Report on vaccination in Madras 1877-1894 - 1877-1894
Year: 1877
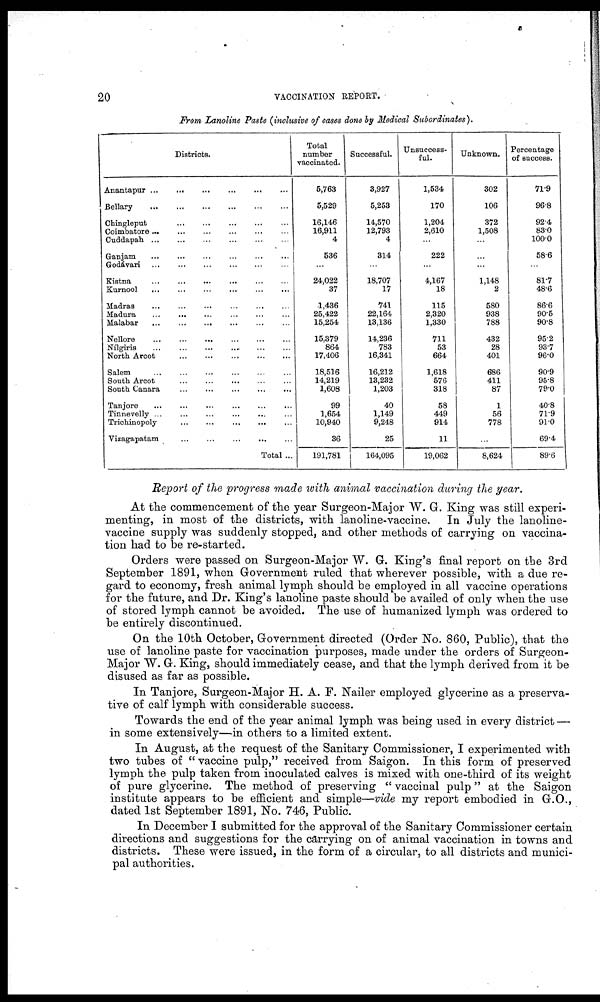
20
VACCINATION REPORT.
From Lanoline Paste (inclusive of cases done by Medical Subordinates).
Districts.
Anantapur
... ... ...
...
...
...
Bellary
... ... ... ... ... ...
Chingleput
... ... ... ... ...
Coimbatore ... ... ... ... ... ...
Cuddapah ...
... ... ... ... ...
Ganjam
... ... ... ... ... ...
Godávari
...
...
...
...
...
...
Kistna
... ... ... ... ... ...
Kurnool
... ... ... ... ... ...
Madras
... ... ... ... ...
...
Madura
... ... ... ... ... ...
Malabar
... ... ... ... ... ...
Nellore
...
... ... ... ... ...
Nílgiris ... ... ... ... ... ...
North Arcot
... ... ...
...
...
Salem
... ... ... ... ... ...
South Arcot
... ... ... ... ...
South Canara
... ... ... ... ...
Tanjore
... ... ... ... ... ... ...
Tinnevelly ... ... ...
...
... ...
Trichinopoly
...
...
...
... ...
Vizagapatam
... ... ...
...
...
Total ...
Total
number
vaccinated.
5,763
5,529
16,146
16,911
4
536
...
24,022
37
1,436
25,422
15,254
15,379
864
17,406
18,516
14,219
1,608
99
1,654
10,940
36
191,781
Successful.
3,927
5,253
14,570
12,793
4
314
...
18,707
17
741
22,164
13,136
14,236
783
16,341
16,212
13,232
1,203
40
1,149
9,248
25
164,095
Unsuccess-
ful.
1,534
170
1,204
2,610
...
222
...
4,167
18
115
2,320
1,330
711
53
664
1,618
576
318
58
449
914
11
19,062
Unknown.
302
106
372
1,508
...
...
...
1,148
2
580
938
788
432
28
401
686
411
87
1
56
778
...
8,624
Percentage
of success.
71.9
96.8
92.4
83.0
100.0
58.6
...
81.7
48.6
86.6
90.5
90.8
95.2
93.7
96.0
90.9
95.8
79.0
40.8
71.9
91.0
69.4
89.6
Report of the progress made with animal vaccination during the year.
At the commencement of the year Surgeon-Major W. G. King was still experi-
menting, in most of the districts, with lanoline-vaccine. In July the lanoline-
vaccine supply was suddenly stopped, and other methods of carrying on vaccina-
tion had to be re-started.
Orders were passed on Surgeon-Major W. G. King's final report on the 3rd
September 1891, when Government ruled that wherever possible, with a due re-
gard to economy, fresh animal lymph should be employed in all vaccine operations
for the future, and Dr. King's lanoline paste should be availed of only when the use
of stored lymph cannot be avoided. The use of humanized lymph was ordered to
be entirely discontinued.
On the 10th October, Government directed (Order No. 860, Public), that the
use of lanoline paste for vaccination purposes, made under the orders of Surgeon-
Major W. G. King, should immediately cease, and that the lymph derived from it be
disused as far as possible.
In Tanjore, Surgeon-Major H. A. F. Nailer employed glycerine as a preserva-
tive of calf lymph with considerable success.
Towards the end of the year animal lymph was being used in every district —
in some extensively—in others to a limited extent.
In August, at the request of the Sanitary Commissioner, I experimented with
two tubes of " vaccine pulp," received from Saigon. In this form of preserved
lymph the pulp taken from inoculated calves is mixed with one-third of its weight
of pure glycerine. The method of preserving "vaccinal pulp" at the Saigon
institute appears to be efficient and simple—vide my report embodied in G.O.,
dated 1st September 1891, No. 746, Public.
In December I submitted for the approval of the Sanitary Commissioner certain
directions and suggestions for the carrying on of animal vaccination in towns and
districts. These were issued, in the form of a circular, to all districts and munici-
pal authorities.